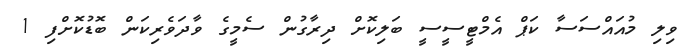
ވިލި މުއައްސަސާ ކަޕް އެމްޓީސީސީ ބަލިކޮށް ދިރާގުން ސެމީގެ ވާދަވެރިކަން ބޮޑުކޮށްފި 1